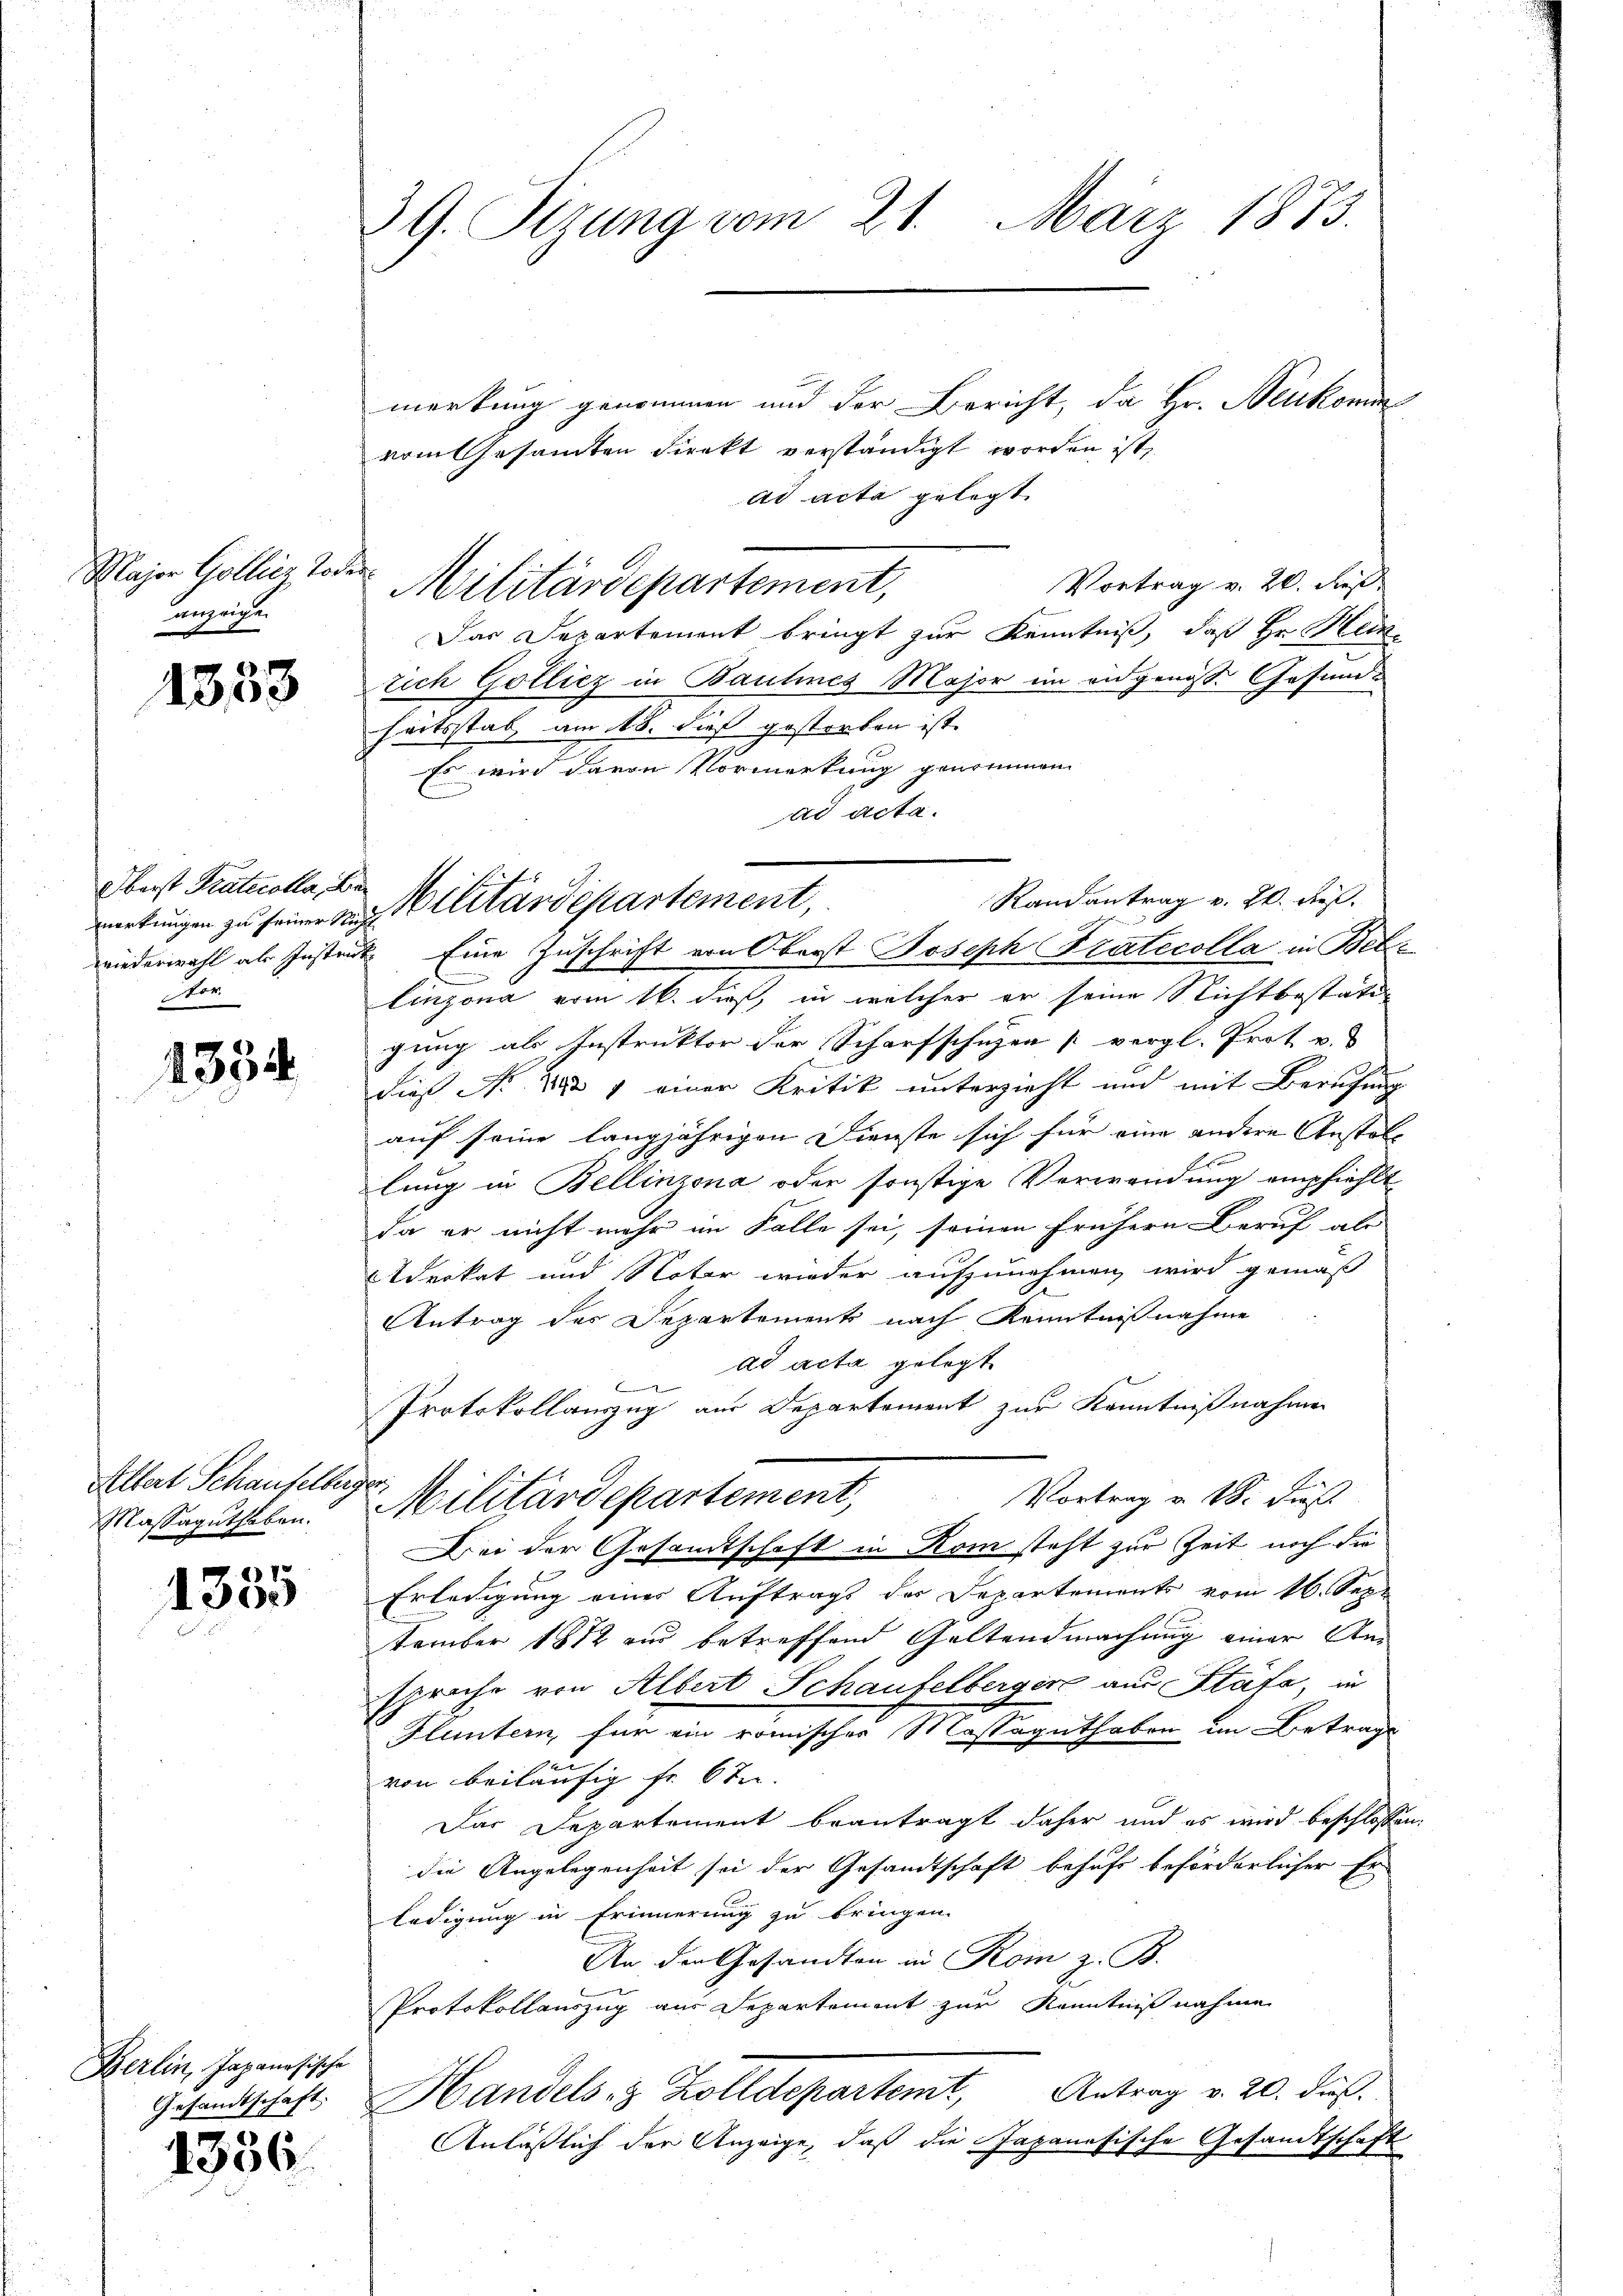
Major Gollier Todesanzeigen

1353

Oberst Prattcolla, Beom

1354

Altert Schauselberger.
Massaguthaben.

1
300

Berlin, Japanösische
Gesandtschaft.

1336.

39. Sizung vom 21. März 1873.

merkung genommen und der Bericht, da Hr. Neukomm
vom Gesamten direkt verständigt worden ist,
ad acta gelegt.
Vortrag v. 20. dieß
Militärdepartement,
Das Departement bringt zur Kenntniß, daß Hr. Hein
tich Gollicz in Baulines Major im eidgenöss. Gesundheitsstab, am 18. dieß gestorben ist.
Es wird davon Vormerkung genommen
ad acta.
wiederwahl als Instrat Eine Zuschrift von Oberst Joseph Fratecolla in Betlinzona vom 16. dieß, in welcher er seine Nichtbestäti-
gung als Instruktor der Scharfschuzen [vergl. Prot v.
dieß No. 282 1 einer Kritik unterzieht und mit Berufung
auf seine langjährigen Dienste sich für eine andere Anstalf
lung in Bellinzona oder sonstige Verwendung empfiehlt
da er nicht mehr im Falle sei, seinen frühern Beruf als
Etdrikat und Noter wieder aufzunehmen wird gemäß
Antrag der Departements nach Kenntnißnahme
ad acta gelegt

Protokollauszug aus Departement zur Kenntnißnahmen
Militärdepartement, Vortrag v. M. Fuß
Bei der Gesamtschaft in Rom steht zur Zeit noch die
Erledigung einer Auftrags der Departements vom 16. Sep.
tember 1812 und betreffend Geltendmachung einer Anspriche von Albert Schaufelberger aus Stata, in
Fluntern, für ein römischer Massaguthaben im Betrage
von beiläufig fr. 6 ten
Das Departement beantragt daher und es wird beschlossen
die Angelegenheit sei der Gesandtschaft behufs beförderlicher Er
ledigung in Erinnerung zu bringen.
An der Gesandten in Rom z. B.
Protokollauszug aus Separtement zur Kenntniß nahme
Handels z. Zolldepartemt, Antrag v. 20. dus.
Anläßlich der Anzeige, daß die Japanesische Gesandtschaft

Randantrag v. 20. Fuß.
wirkungen zu seiner v. Militärdepartement,